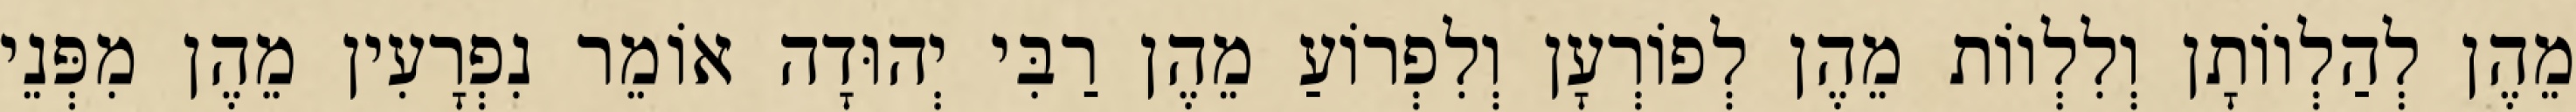
מֵהֶן לְהַלְווֹתָן וְלִלְווֹת מֵהֶן לְפוֹרְעָן וְלִפְרוֹעַ מֵהֶן רַבִּי יְהוּדָה אוֹמֵר נִפְרָעִין מֵהֶן מִפְּנֵי